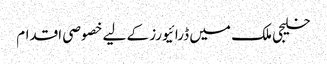
خلیجی ملک میں ڈرائیورز کے لیے خصوصی اقدام